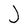
Character: J